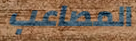
المصاعب